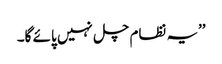
’’یہ نظام چل نہیں پائے گا۔